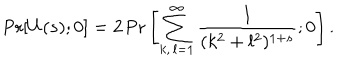
LaTeX: \mathrm { P r } [ U ( s ) ; 0 ] = 2 \, \mathrm { P r } \left[ \sum _ { k , \, l = 1 } ^ { \infty } \frac { 1 } { ( k ^ { 2 } + l ^ { 2 } ) ^ { 1 + s } } ; 0 \right] .